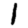
Digit: 1